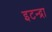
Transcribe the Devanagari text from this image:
इटन्द्रा